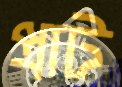
প্রাট